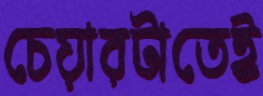
চেয়ারটাতেই